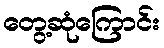
တွေ့ဆုံကြောင်း